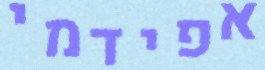
אפידמי